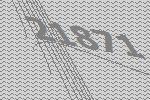
21871